Plague in India, 1896, 1897 - Volume 2
Year: 1896
Disease focus: Plague
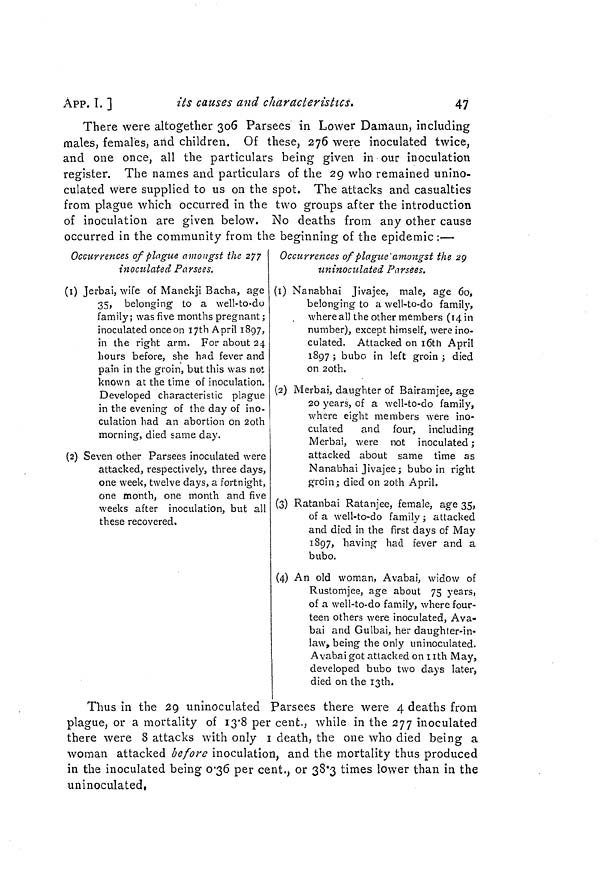
APP. I. ]
its causes and characteristics.
47
There were altogether 306 Parsees in Lower Damaun, including
males, females, and children. Of these, 276 were inoculated twice,
and one once, all the particulars being given in our inoculation
register. The names and particulars of the 29 who remained unino-
culated were supplied to us on the spot. The attacks and casualties
from plague which occurred in the two groups after the introduction
of inoculation are given below. No deaths from any other cause
occurred in the community from the beginning of the epidemic:—
Occurrences of plague amongst the 277
inoculated Parsees.
(1) Jerbai, wife of Manekji Bacha, age
35, belonging to a well-to-do
family; was five months pregnant ;
inoculated once on 17th April 1897,
in the right arm. For about 24
hours before, she had fever and
pain in the groin, but this was not
known at the time of inoculation.
Developed characteristic plague
in the evening of the day of ino-
culation had an abortion on 20th
morning, died same day.
(2) Seven other Parsees inoculated were
attacked, respectively, three days,
one week, twelve days, a fortnight,
one month, one month and five
weeks after inoculation, but all
these recovered.
Occurrences of plague amongst the 29
uninoculated Parsees.
(1) Nanabhai Jivajee, male, age 60,
belonging to a well-to-do family,
where all the other members (14 in
number), except himself, were ino-
culated. Attacked on 16th April
1897 ; bubo in left groin ; died
on 2oth.
(2) Merbai, daughter of Bairamjee, age
20 years, of a well-to-do family,
where eight members were ino-
culated
and four, including
Merbai, were not inoculated ;
attacked about same time as
Nanabhai Jivajee; bubo in right
groin; died on 20th April.
(3) Ratanbai Ratanjee, female, age 35,
of a well-to-do family ; attacked
and died in the first days of May
1897, having had fever and a
bubo.
(4) An old woman, Avabai, widow of
Rustomjee, age about 75 years,
of a well-to-do family, where four-
teen others were inoculated, Ava-
bai and Gulbai, her daughter-in-
law, being the only uninoculated.
Avabai got attacked on 11th May,
developed bubo two days later,
died on the 13th.
Thus in the 29 uninoculated Parsees there were 4 deaths from
plague, or a mortality of I3.8 per cent., while in the 277 inoculated
there were 8 attacks with only 1death, the one who died being a
woman attacked before inoculation, and the mortality thus produced
in the inoculated being 0.36 per cent., or 38.3 times lower than in the
uninoculated,